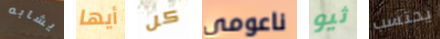
يشابه أيها كل ناعومي ثيو يحتسب